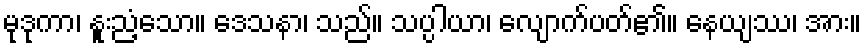
မုဒုကာ၊ နူးညံ့သော။ ဒေသနာ၊ သည်။ သပ္ပါယာ၊ လျောက်ပတ်၏။ နေယျဿ၊ အား။